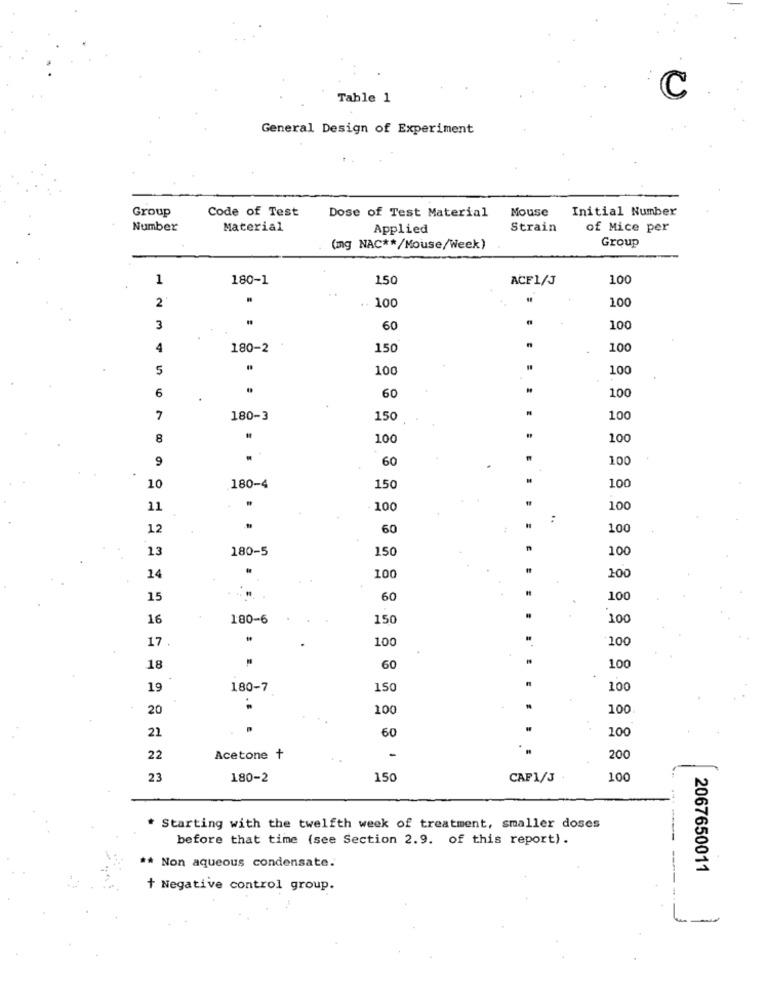
Table 1
C
General Design of Experiment
Group
Code of Test
Dose of Test Material
Mouse
Initial Number
Number
Material
Applied
Strain
of Mice per
Group
(mg NAC ** /Mouse/Week)
1
180-1
1.50
ACF1/J
100
2
100
100
3
60
10
4
180-2
150
100
5
100
100
6
100
60
7
180-3
150
100
8
100
100
9
60
100
10
180-4
150
100
11
100
100
12
60
100
13
180-5
150
100
14
100
200
15
60
100
16
180-6
150
100
17.
10
100
18
60
100
19
180-7
150
100
20
. &
100
100
22
60
100
22
Acetone +
-
200
23
180-2
150
CAF1/J
100
* Starting with the twelfth week of treatment, smaller doses
before that time (see Section 2.9. of this report).
** Non aqueous condensate.
2067650011
+ Negative control group.
--